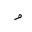
Letter: _waw